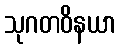
သုဂတဝိနယာ